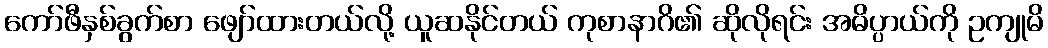
ကော်ဖီနှစ်ခွက်စာ ဖျော်ထားတယ်လို့ ယူဆနိုင်တယ် ကုစာနာဂိ၏ ဆိုလိုရင်း အဓိပ္ပာယ်ကို ဥကျုမိ